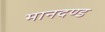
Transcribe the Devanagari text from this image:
मानदण्‍ड